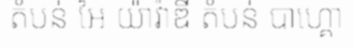
តំបន់ អៃ យ៉ាវ៉ាឌី តំបន់ បាហ្គោ